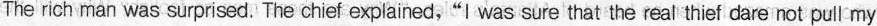
The rich man was surprised. The chief explained,"I was sure that the real thief dare not pull my